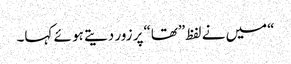
“میں نے لفظ”تھا“پر زور دیتے ہو ئے کہا۔